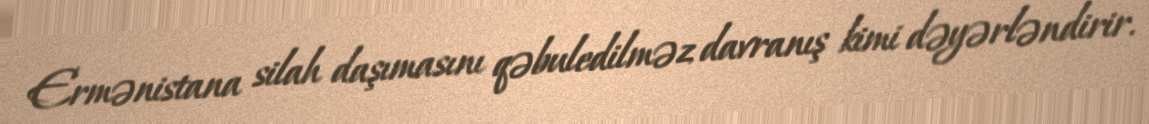
Ermənistana silah daşımasını qəbuledilməz davranış kimi dəyərləndirir.